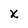
Character: x